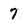
Character: 7